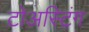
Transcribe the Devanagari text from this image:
टोअस्टिंग